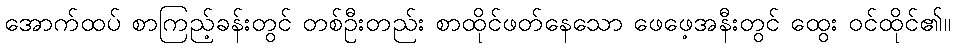
အောက်ထပ် စာကြည့်ခန်းတွင် တစ်ဦးတည်း စာထိုင်ဖတ်နေသော ဖေဖေ့အနီးတွင် ထွေး ဝင်ထိုင်၏။